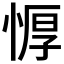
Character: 𰑱